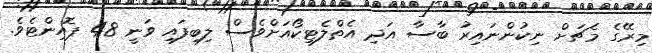
މިރޭގެ މެޗަށް ނިކުންނައިރު ބާސާ އަދި އެތްލެޓިކޯއަށްވެސް ލިބިފައި ވަނީ 48 ޕޮއިންޓެވެ.